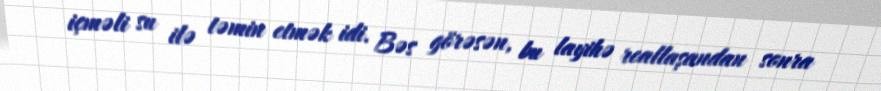
içməli su ilə təmin etmək idi. Bəs görəsən, bu layihə reallaşandan sonra